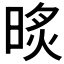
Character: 𣇧